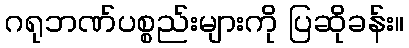
ဂရုဘဏ်ပစ္စည်းများကို ပြဆိုခန်း။